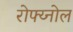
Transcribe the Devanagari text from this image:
रोफ्य्नोल